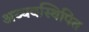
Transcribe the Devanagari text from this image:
अव्यवस्थिपित